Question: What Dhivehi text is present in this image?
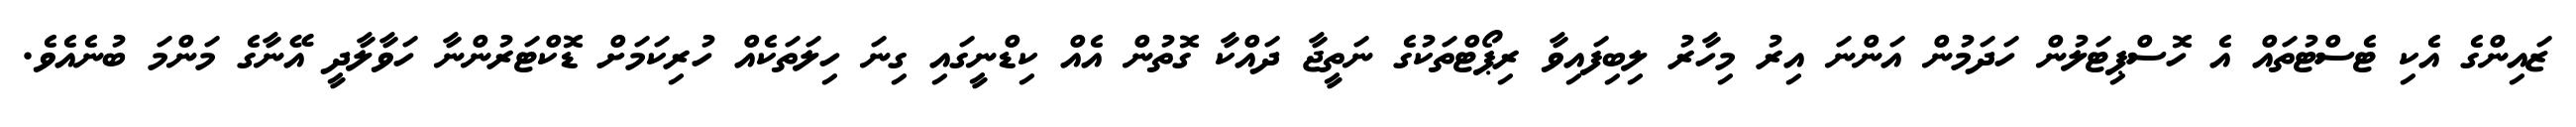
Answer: ޒައިންގެ އެކި ޓެސްޓުތައް އެ ހޮސްޕިޓަލުން ހަދަމުން އަންނަ އިރު މިހާރު ލިބިފައިވާ ރިޕޯޓްތަކުގެ ނަތީޖާ ދައްކާ ގޮތުން އެއް ކިޑްނީގައި ގިނަ ހިލަތަކެއް ހުރިކަމަށް ޑޮކްޓަރުންނާ ހަވާލާދީ އޭނާގެ މަންމަ ބުނެއެވެ.